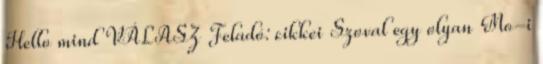
Hello mind VÁLASZ Feladó: cikkei Szoval egy olyan Mo-i